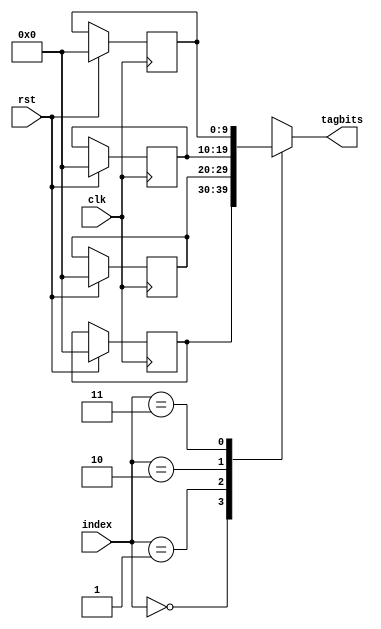
module tagreg(
	 input clk,
	 input rst,
    input [1:0] index,
    output [9:0] tagbits
    );

	// 4 10bit tag registers
	reg [9:0] tagreg [0:3];
	
	always @ (posedge clk) begin
		if(rst) begin
			tagreg[0] <= 0;
			tagreg[1] <= 0;
			tagreg[2] <= 0;
			tagreg[3] <= 0;
		end
	end
	
	assign tagbits = tagreg[index];

endmodule